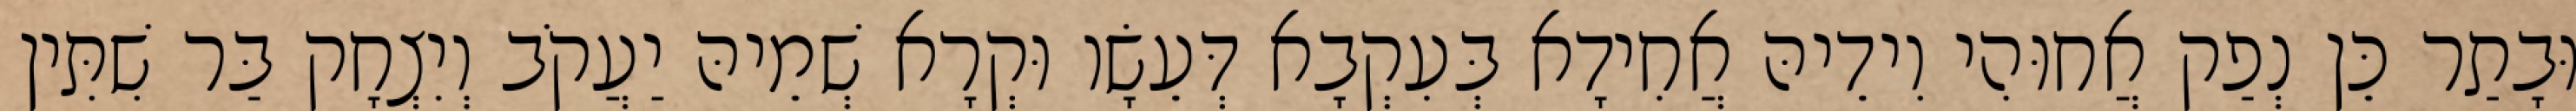
וּבָתַר כֵּן נְפַק אֲחוּהִי וִידֵיהּ אֲחִידָא בְּעִקְבָא דְּעֵשָׂו וּקְרָא שְׁמֵיהּ יַעֲקֹב וְיִצְחָק בַּר שִׁתִּין